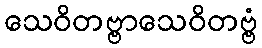
သေဝိတဗ္ဗာသေဝိတဗ္ဗံ